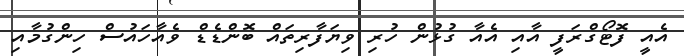
އެއީ ފޮޓޯގްރަފީ އާއި އެއާ ގުޅުން ހުރި ވިޔަފާރިތައް ބޮންޑެޑް ވެއާހައުސް ހިންގުމާއި